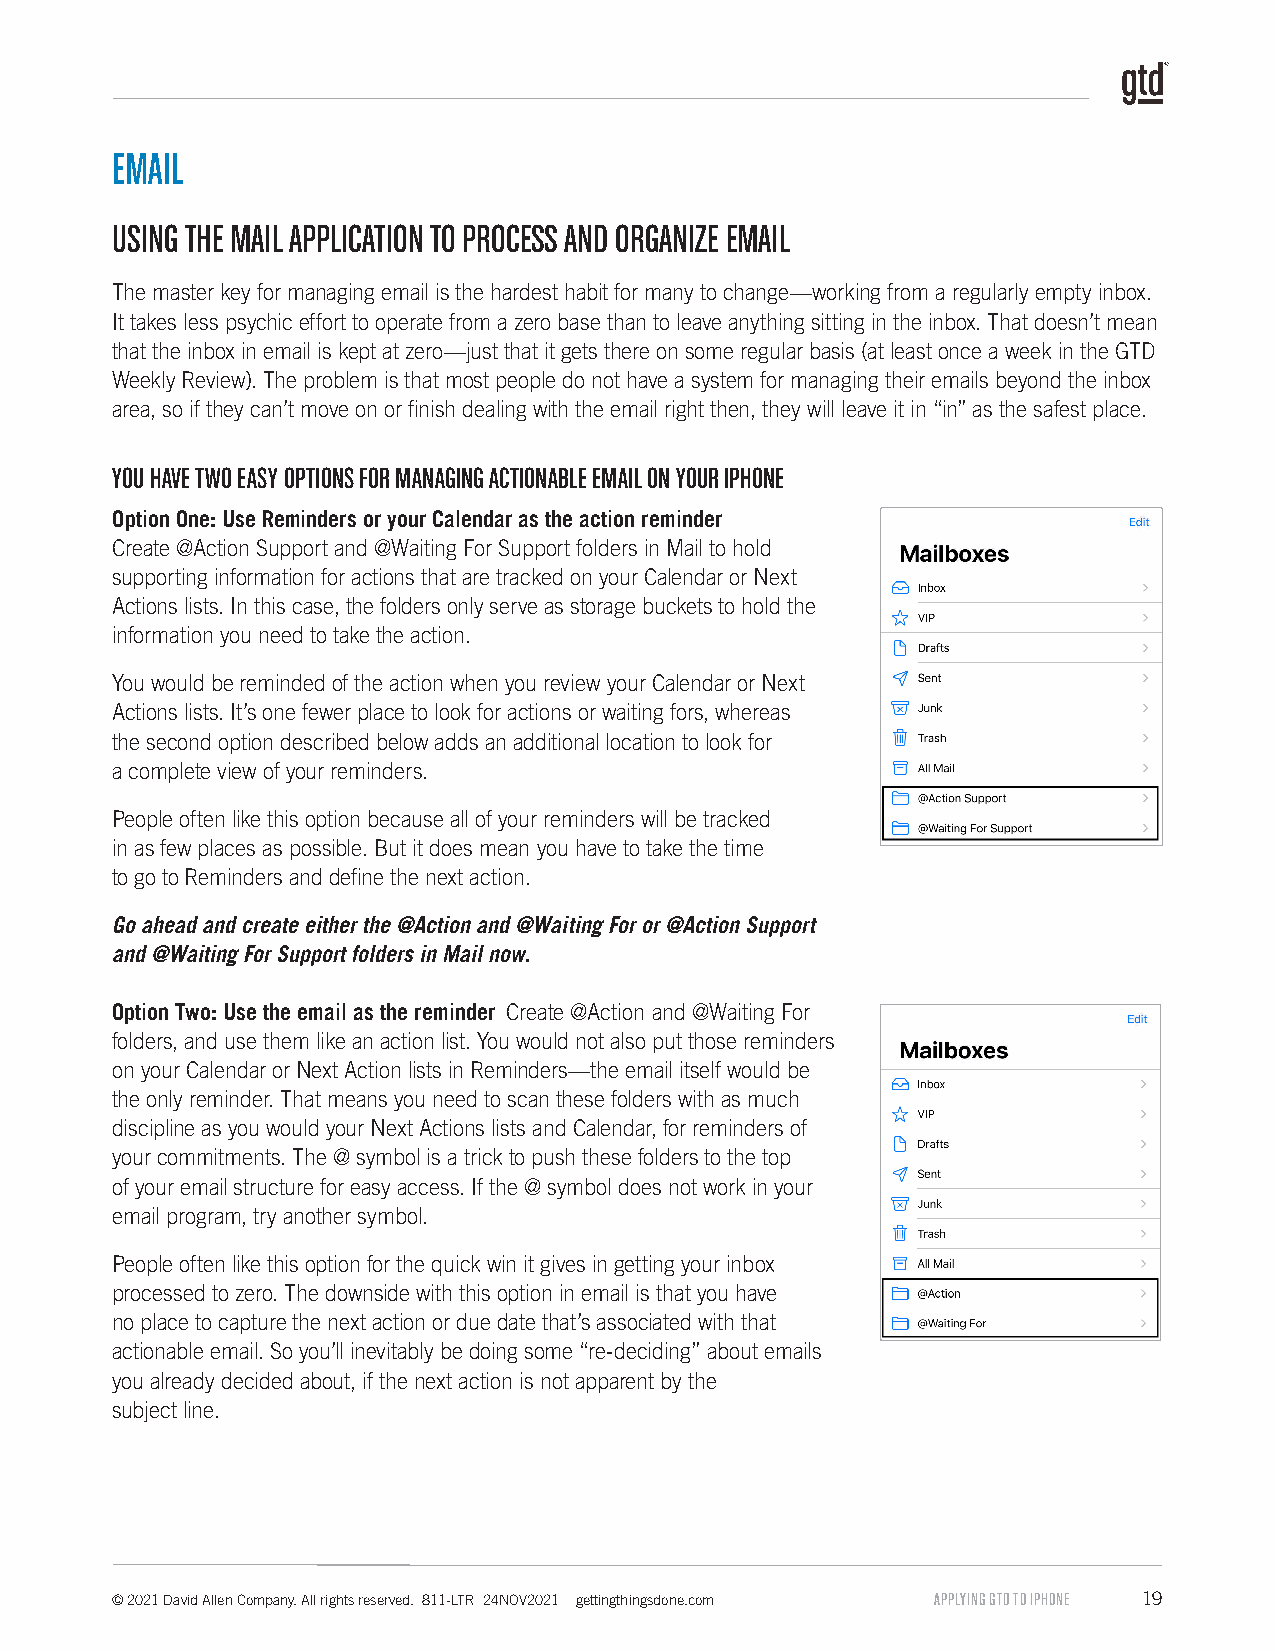
EMAIL
 USING THE MAIL APPLICATION TO PROCESS AND ORGANIZE EMAIL
 The master key for managing email is the hardest habit for many to change—working from a regularly empty inbox.
 It takes less psychic effort to operate from a zero base than to leave anything sitting in the inbox. That doesn’t mean
 that the inbox in email is kept at zero—just that it gets there on some regular basis (at least once a week in the GTD
 Weekly Review). The problem is that most people do not have a system for managing their emails beyond the inbox
 area, so if they can’t move on or finish dealing with the email right then, they will leave it in “in” as the safest place.
 YOU HAVE TWO EASY OPTIONS FOR MANAGING ACTIONABLE EMAIL ON YOUR IPHONE
 Option One: Use Reminders or your Calendar as the action reminder
 Create @Action Support and @Waiting For Support folders in Mail to hold
 supporting information for actions that are tracked on your Calendar or Next
 Actions lists. In this case, the folders only serve as storage buckets to hold the
 information you need to take the action.
 You would be reminded of the action when you review your Calendar or Next
 Actions lists. It’s one fewer place to look for actions or waiting fors, whereas
 the second option described below adds an additional location to look for
 a complete view of your reminders.
 People often like this option because all of your reminders will be tracked
 in as few places as possible. But it does mean you have to take the time
 to go to Reminders and define the next action.
 Go ahead and create either the @Action and @Waiting For or @Action Support
 and @Waiting For Support folders in Mail now.
 Option Two: Use the email as the reminder Create @Action and @Waiting For
 folders, and use them like an action list. You would not also put those reminders
 on your Calendar or Next Action lists in Reminders—the email itself would be
 the only reminder. That means you need to scan these folders with as much
 discipline as you would your Next Actions lists and Calendar, for reminders of
 your commitments. The @ symbol is a trick to push these folders to the top
 of your email structure for easy access. If the @ symbol does not work in your
 email program, try another symbol.
 People often like this option for the quick win it gives in getting your inbox
 processed to zero. The downside with this option in email is that you have
 no place to capture the next action or due date that’s associated with that
 actionable email. So you’ll inevitably be doing some “re-deciding” about emails
 you already decided about, if the next action is not apparent by the
 subject line.
 © 2021 David Allen Company. All rights reserved. 811-LTR 24NOV2021 gettingthingsdone.com APPLYING GTD TO IPHONE 19